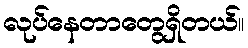
လုပ်နေတာတွေရှိတယ်။